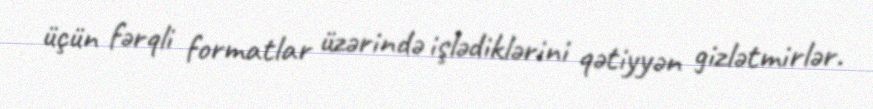
üçün fərqli formatlar üzərində işlədiklərini qətiyyən gizlətmirlər.